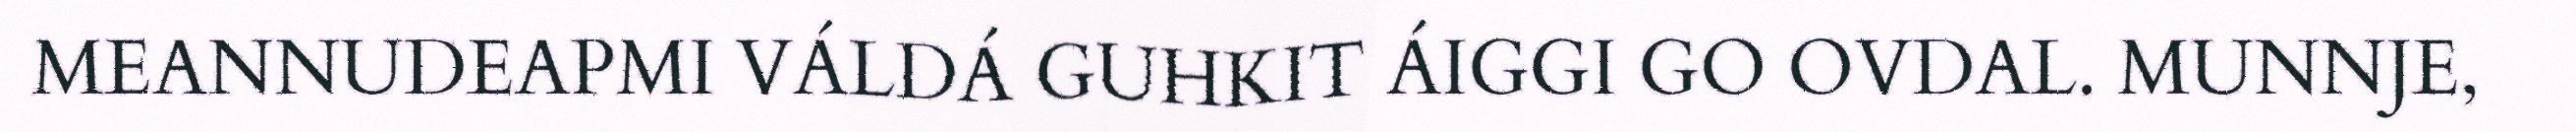
MEANNUDEAPMI VÁLDÁ GUHKIT ÁIGGI GO OVDAL. MUNNJE,